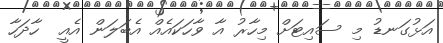
އަޅުގަނޑު މި ސައިޓަށް މިހާރު އާ ވާހަކައެއް އެބަލަން އެއީ  ހާދަހާ